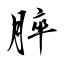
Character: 脺